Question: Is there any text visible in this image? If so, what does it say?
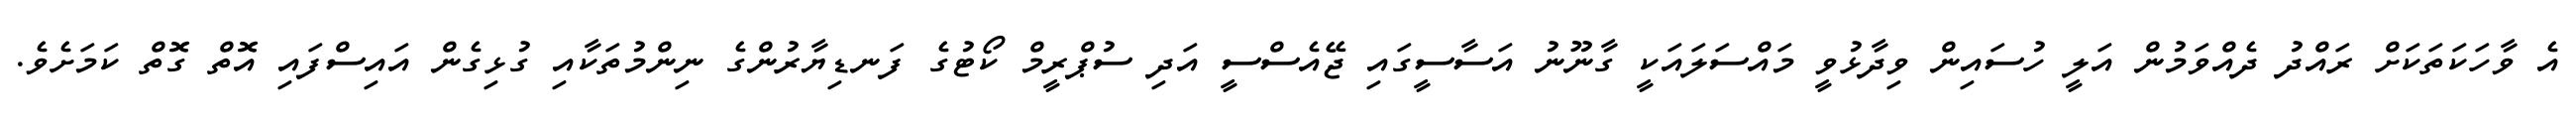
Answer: އެ ވާހަކަތަކަށް ރައްދު ދެއްވަމުން އަލީ ހުސައިން ވިދާޅުވީ މައްސަލައަކީ ގާނޫނު އަސާސީގައި ޖޭއެސްސީ އަދި ސުޕްރީމް ކޯޓުގެ ފަނޑިޔާރުންގެ ނިންމުތަކާއި ގުޅިގެން އައިސްފައި އޮތް ގޮތް ކަމަށެވެ.